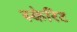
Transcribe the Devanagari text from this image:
स्केरिट